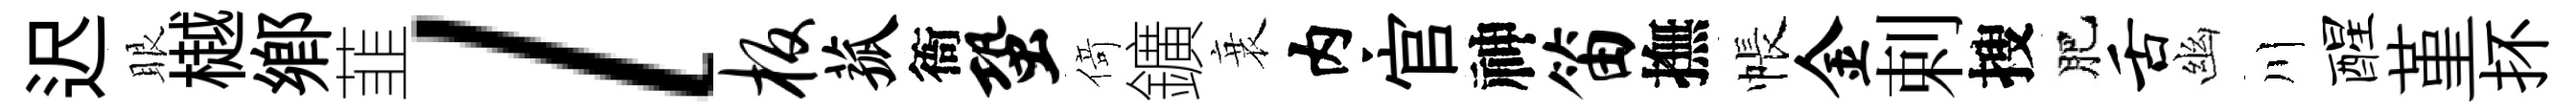
迟眼樾鄕韮l板菰衙蛩𠋣鑛衰内官神笛撫帳金剌搜肥舌幽川醒堇抔